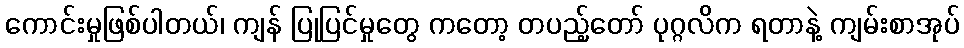
ကောင်းမှုဖြစ်ပါတယ်၊ ကျန် ပြုပြင်မှုတွေ ကတော့ တပည့်တော် ပုဂ္ဂလိက ရတာနဲ့ ကျမ်းစာအုပ်